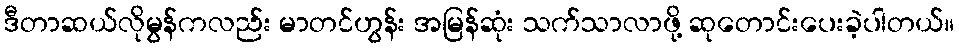
ဒီတာဆယ်လိုမွန်ကလည်း မာတင်ဟွန်း အမြန်ဆုံး သက်သာလာဖို့ ဆုတောင်းပေးခဲ့ပါတယ်။